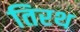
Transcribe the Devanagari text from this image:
तिरथ